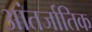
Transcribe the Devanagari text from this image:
आंतर्जातिक